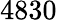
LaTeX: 4830